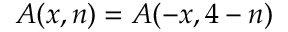
A ( x , n ) = A ( - x , 4 - n )